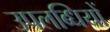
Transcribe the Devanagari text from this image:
उपलब्धियों